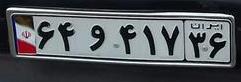
۶۴و۴۱۷۳۶